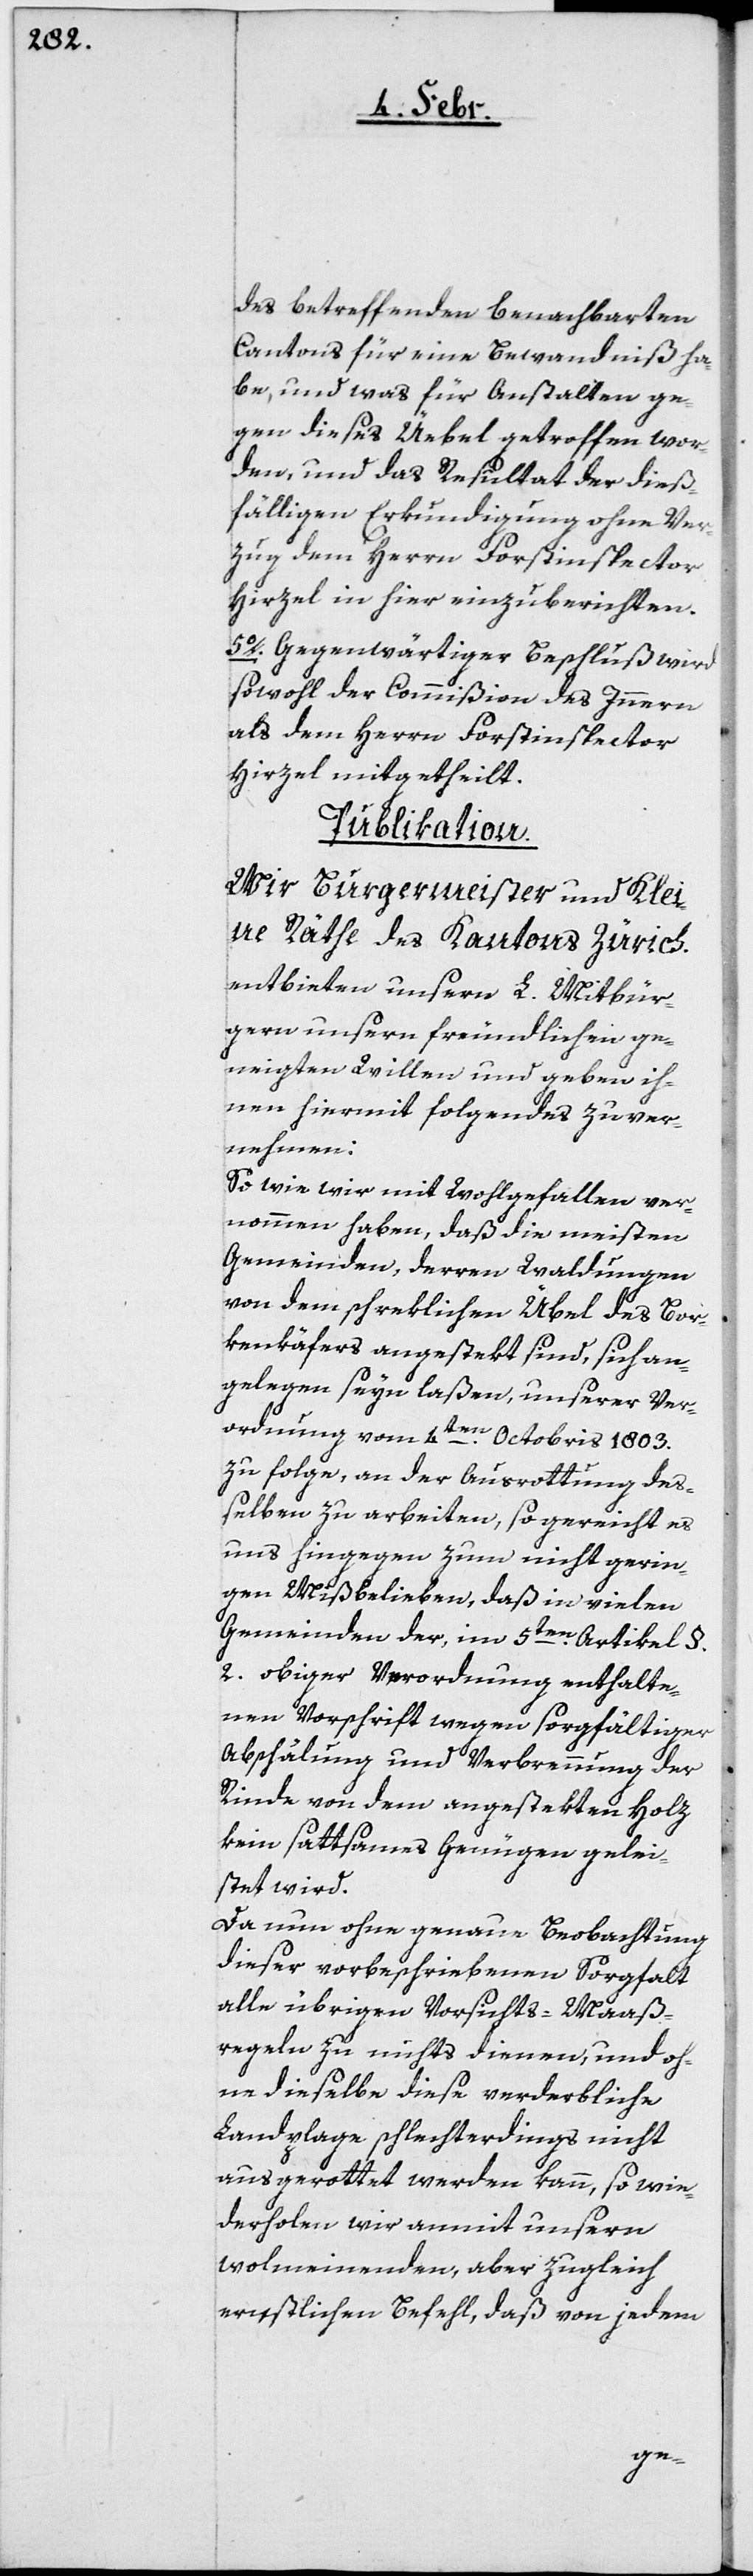
des betreffenden benachbarten
Cantons für eine Bewandniß ha¬
be, und was für Anstalten ge¬
gen dieses Übel getroffen wor¬
den, und das Resultat der dieß¬
fälligen Erkundigung ohne Ver¬
zug dem Herrn Forstinspector
Hirzel in hier einzuberichten.
5o. Gegenwärtiger Beschluß wird
sowohl der Commißion des Innern
als dem Herrn Forstinspector
Hirzel mitgetheilt.
Publikation.
Wir Burgermeister und Klei¬
ne Räthe des Kantons Zürich
entbieten unsern L. Mitbür¬
gern unsern freundlichen ge¬
neigten Willen und geben ih¬
nen hiermit folgendes zuver¬
nehmen:
So wie wir mit Wohlgefallen ver¬
nommen haben, daß die meisten
Gemeinden, deren Waldungen
von dem schreklichen Übel des Bor¬
kenkäfers angestekt sind, sich an¬
gelegen seyn laßen, unserer Ver¬
ordnung vom 4ten. Octobris 1803.
zu folge, an der Ausrottung deß¬
elben zu arbeiten, so gereicht es
uns hingegen zum nicht gerin¬
gen Mißbelieben, daß in vielen
Gemeinden der, im 5ten. Artikel §.
2. obiger Verordnung enthalte¬
nen Vorschrift wegen sorgfältiger
Abschälung und Verbrennung der
Rinde von dem angestekten Holz
kein sattsames Genügen gelei¬
stet wird.
dieser vorbeschriebenen Sorgfalt
alle übrigen Vorsichts-Maaß¬
regeln zu nichts dienen, und oh¬
ne dieselbe diese verderbliche
Landplage schlechterdings nicht
ausgerottet werden kann, so wie¬
derholen wir anmit unsern
wolmeinenden, aber zugleich
ernstlichen Befehl, daß von jedem